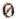
0